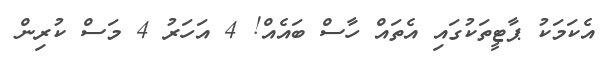
އެކަމަކު ޕާޓީތަކުގައި އެތައް ހާސް ބައެއް! 4 އަހަރު 4 މަސް ކުރިން